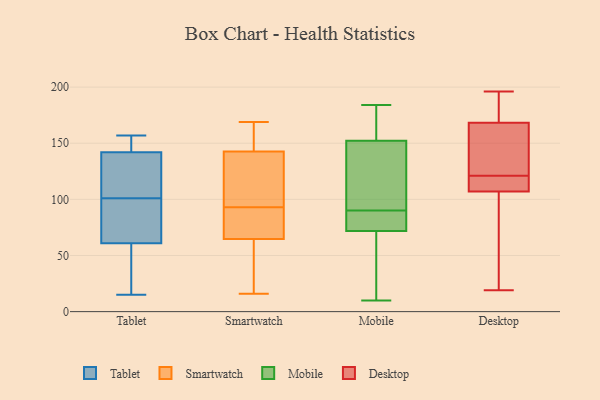
{"axis": {"x": "Production Output", "y": "Value"}, "legend": ["Desktop", "Mobile", "Smartwatch", "Tablet"], "data": [{"x": "", "y": 61, "type": "Tablet"}, {"x": "", "y": 131, "type": "Tablet"}, {"x": "", "y": 103, "type": "Tablet"}, {"x": "", "y": 15, "type": "Tablet"}, {"x": "", "y": 64, "type": "Tablet"}, {"x": "", "y": 42, "type": "Tablet"}, {"x": "", "y": 157, "type": "Tablet"}, {"x": "", "y": 142, "type": "Tablet"}, {"x": "", "y": 152, "type": "Tablet"}, {"x": "", "y": 55, "type": "Tablet"}, {"x": "", "y": 99, "type": "Tablet"}, {"x": "", "y": 119, "type": "Tablet"}, {"x": "", "y": 70, "type": "Tablet"}, {"x": "", "y": 144, "type": "Tablet"}, {"x": "", "y": 142, "type": "Smartwatch"}, {"x": "", "y": 159, "type": "Smartwatch"}, {"x": "", "y": 93, "type": "Smartwatch"}, {"x": "", "y": 143, "type": "Smartwatch"}, {"x": "", "y": 64, "type": "Smartwatch"}, {"x": "", "y": 16, "type": "Smartwatch"}, {"x": "", "y": 67, "type": "Smartwatch"}, {"x": "", "y": 128, "type": "Smartwatch"}, {"x": "", "y": 59, "type": "Smartwatch"}, {"x": "", "y": 169, "type": "Smartwatch"}, {"x": "", "y": 78, "type": "Smartwatch"}, {"x": "", "y": 115, "type": "Mobile"}, {"x": "", "y": 174, "type": "Mobile"}, {"x": "", "y": 82, "type": "Mobile"}, {"x": "", "y": 33, "type": "Mobile"}, {"x": "", "y": 120, "type": "Mobile"}, {"x": "", "y": 73, "type": "Mobile"}, {"x": "", "y": 159, "type": "Mobile"}, {"x": "", "y": 184, "type": "Mobile"}, {"x": "", "y": 150, "type": "Mobile"}, {"x": "", "y": 68, "type": "Mobile"}, {"x": "", "y": 163, "type": "Mobile"}, {"x": "", "y": 74, "type": "Mobile"}, {"x": "", "y": 10, "type": "Mobile"}, {"x": "", "y": 64, "type": "Mobile"}, {"x": "", "y": 128, "type": "Mobile"}, {"x": "", "y": 86, "type": "Mobile"}, {"x": "", "y": 90, "type": "Mobile"}, {"x": "", "y": 110, "type": "Desktop"}, {"x": "", "y": 174, "type": "Desktop"}, {"x": "", "y": 121, "type": "Desktop"}, {"x": "", "y": 196, "type": "Desktop"}, {"x": "", "y": 19, "type": "Desktop"}, {"x": "", "y": 148, "type": "Desktop"}, {"x": "", "y": 106, "type": "Desktop"}, {"x": "", "y": 65, "type": "Desktop"}, {"x": "", "y": 151, "type": "Desktop"}, {"x": "", "y": 185, "type": "Desktop"}, {"x": "", "y": 116, "type": "Desktop"}]}